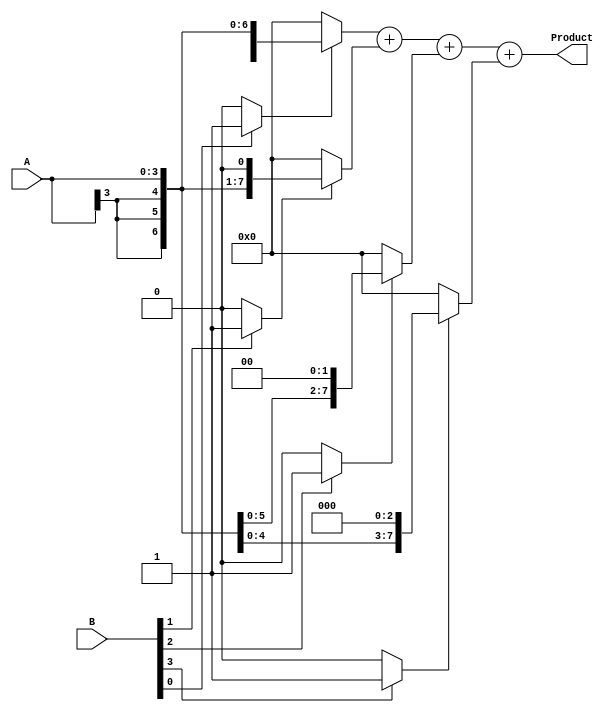
module csd_multiplier #(
    parameter A_WIDTH = 4,  // Width of input A in CSD
    parameter B_WIDTH = 4   // Width of input B in CSD
)(
    input  signed [A_WIDTH-1:0] A, // Input A in CSD
    input  signed [B_WIDTH-1:0] B, // Input B in CSD
    output signed [(A_WIDTH + B_WIDTH)-1:0] Product // Product output
);

    // CSD representation: using values -1, 0, 1
    wire [B_WIDTH-1:0] csd_digits; // CSD digits of B for partial product generation
   
    // Internal signals for partial products
    wire signed [(A_WIDTH + B_WIDTH)-1:0] partial_products [0:B_WIDTH-1];

    // CSD Decoder
    generate
        genvar i;
        for (i = 0; i < B_WIDTH; i = i + 1) begin : csd_gen
            // Produce partial products based on CSD digits
            assign csd_digits[i] = (B[i] == 1) ? 1 : (B[i] == -1) ? -1 : 0;
            assign partial_products[i] = (csd_digits[i] == 1) ? (A << i) :
                                         (csd_digits[i] == -1) ? (~A + 1 << i) :
                                         0; // Zero for csd digit 0
        end
    endgenerate

    // Sum all partial products
    wire signed [(A_WIDTH + B_WIDTH)-1:0] sum_partial;
    assign sum_partial = partial_products[0] + 
                         partial_products[1] + 
                         partial_products[2] + 
                         partial_products[3];

    // Final product output
    assign Product = sum_partial;

endmodule